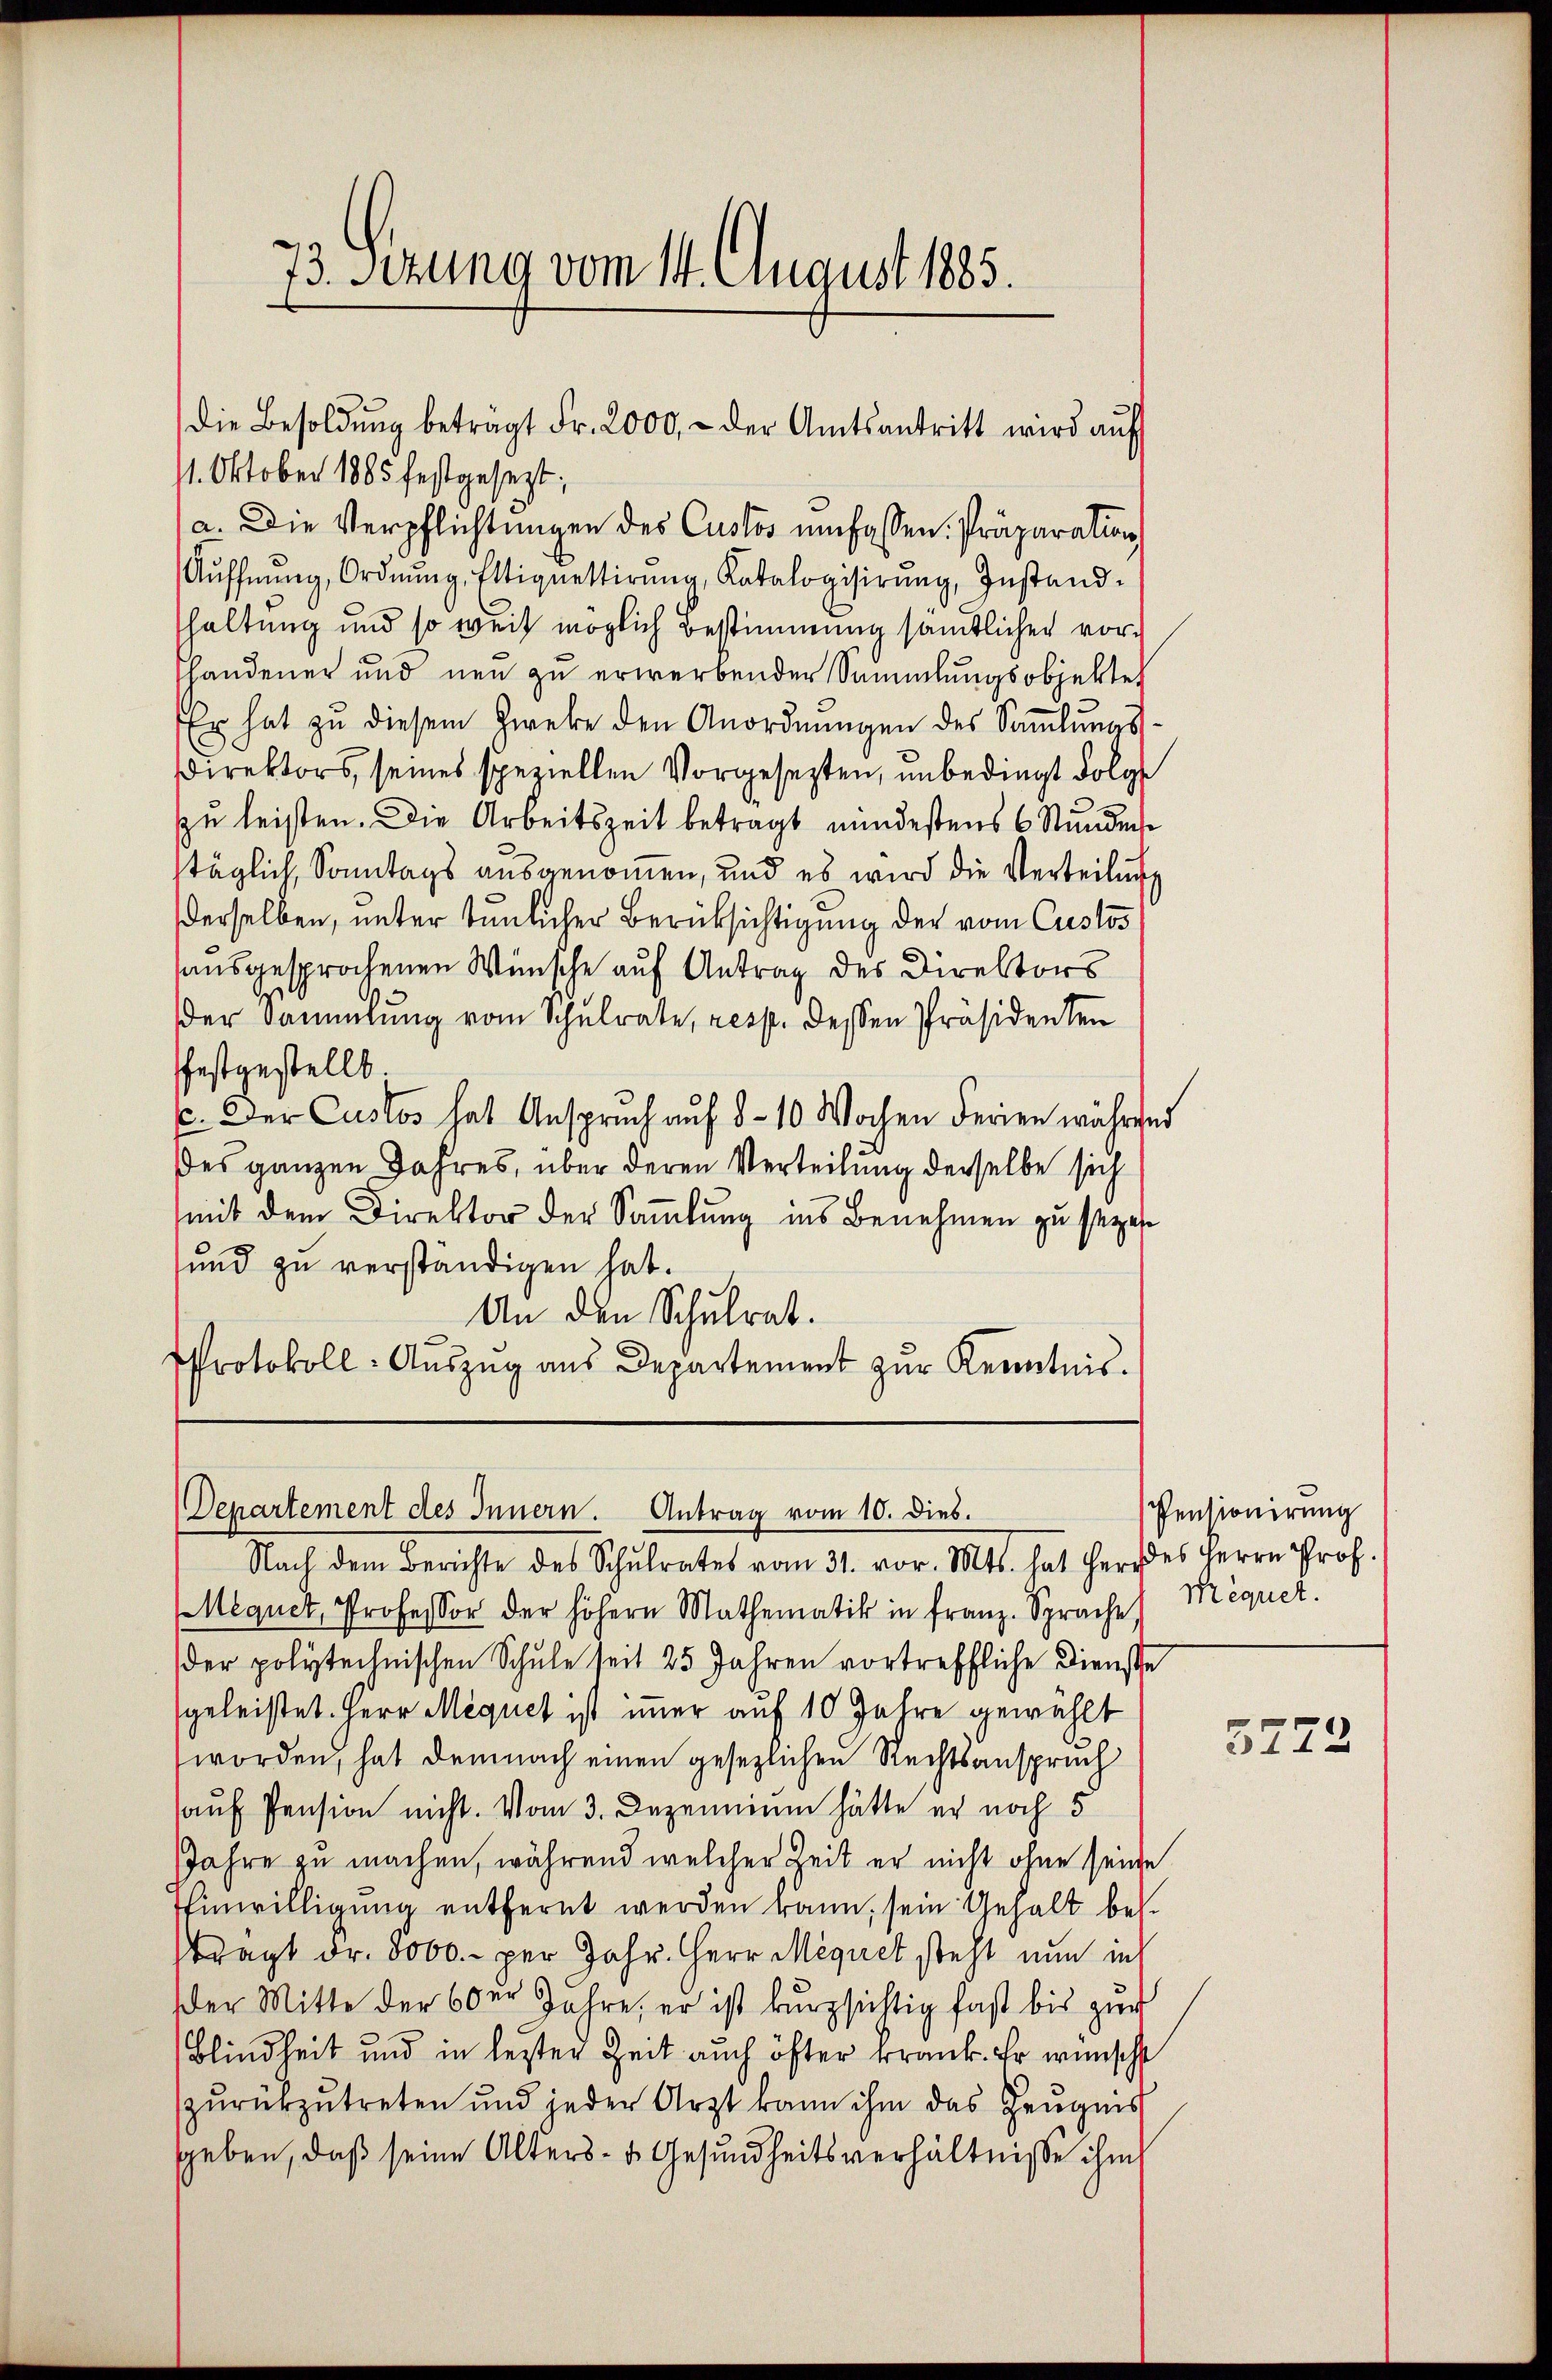
73. Sezung vom 14. August 1885.

11. Oktober 1885 festgesezt;
a. Die Verpflichtungen des Custos umfassen. Präparation
Aŭffnŭng, Ordnŭng, Ettiquestirŭng, Katalogisirŭng, Instand-
haltung und so weit möglich Bestimmung sämtlicher vorhandener und neŭ zŭ erwerbender Sammlungsobjekte
Er hat zŭ diesem Zweke den Anordnŭngen des Saṁlŭngs-
Ddirektors, seines speziellen Vorgesezten, unbedingt folg
zzu leisten. Die Arbeitszeit betragt mindestens 6 Stundense
stäglich, Sonntags ausgenommen, und es wird die Verteilung
derselben, unter tunlicher Berücksichtigung der vom Custos
sausgesprochenen Wünsche auf Antrag des Direktors
der Sammlung vom Schulrate, resp. dessen Präsidenten
festgestellt
c. Der Custos hat Anspruch auf 8-10 Wochen Ferien während
des ganzen Jahres, über deren Verteilung derselbe sich
mit dem Direktor der Samlung ins Benehmen zu sezes
und zu verständigen hat.
An den Schulrat.
Protokoll- Auszug aus Departement zur Kenntnis.

die Besoldŭng beträgt Fr. 2000.- der Amtsantritt wird aŭf

Mequet, Professor der höhern Mathematik in franz. Sprache Megnet.
der polytechnischen Schule seit 25 Jahren vortreffliche Dienste
geleistet. Herr Mequet ist immer auf 10 Jahre gewählt
worden, hat demnach einen gesezlichen Rechtsanspruch
auf Pension nicht. Vom 3. Dezemium hätte er noch 5
Jahre zu machen, während welcher Zeit er nicht ohne seine
Einwilligung entfernt werden kann, sein Gehalt besträgt Fr. 8000.- per Jahr. Herr Megnet steht nun in
der Mitte der 60er Jahre, er ist kurzsichtig fast bis zug
Blindheit und in lezter Zeit auch öfter krank. Er wünscht
zurückzutreten und jeder Arzt kann ihm das Zeugnis
sheben, daß seine Alters- & Gesundheitsverhältnisse ihm

Departement des Innern. Antrag vom 10. dies.
Nach dem Berichte des Schŭlrates vom 31. vor. Mts. hat Herz des Herrn Prof.

Pensionirung

3272